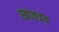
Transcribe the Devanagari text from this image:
स्वातत्रय